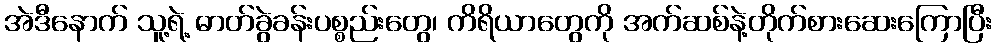
အဲဒီနောက် သူ့ရဲ့ ဓာတ်ခွဲခန်းပစ္စည်းတွေ၊ ကိရိယာတွေကို အက်ဆစ်နဲ့တိုက်စားဆေးကြောပြီး